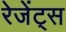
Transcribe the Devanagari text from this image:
रेजेंट्स